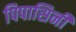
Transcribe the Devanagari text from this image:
पिपासिनी